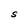
Character: S